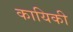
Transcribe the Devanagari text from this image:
कायिकी